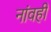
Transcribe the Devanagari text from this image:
नांवही